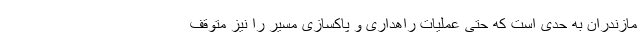
مازندران به حدی است که حتی عملیات راهداری و پاکسازی مسیر را نیز متوقف